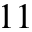
^ { 1 1 }